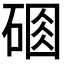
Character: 𥔆